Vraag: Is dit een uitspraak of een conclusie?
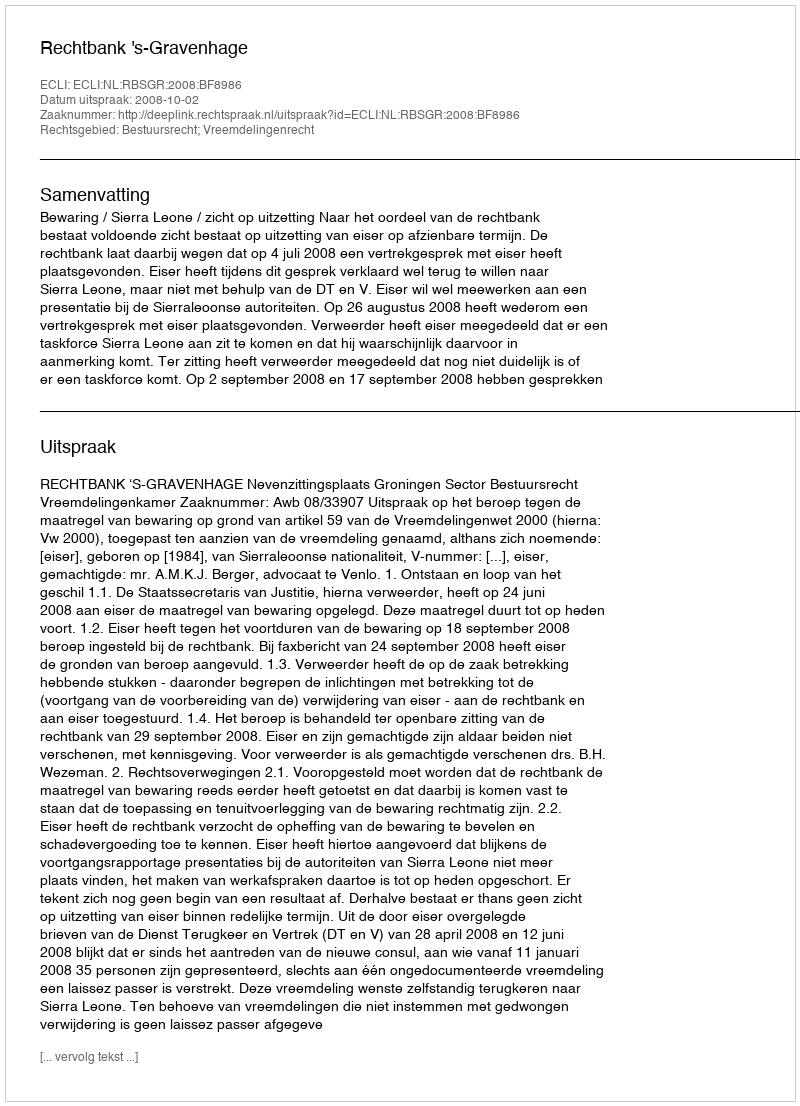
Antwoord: Uitspraak